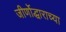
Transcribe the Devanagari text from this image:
जीर्णोद्धाराच्या